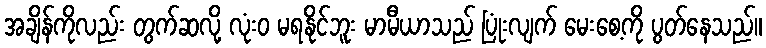
အချိန်ကိုလည်း တွက်ဆလို့ လုံးဝ မရနိုင်ဘူး မာမီယာသည် ပြုံးလျက် မေးစေ့ကို ပွတ်နေသည်။